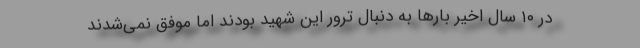
در ۱۰ سال اخیر بارها به دنبال ترور این شهید بودند اما موفق نمی‌شدند